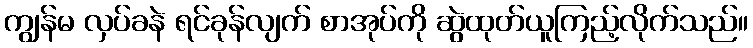
ကျွန်မ လှပ်ခနဲ ရင်ခုန်လျက် စာအုပ်ကို ဆွဲထုတ်ယူကြည့်လိုက်သည်။